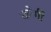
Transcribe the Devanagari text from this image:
कोर्गी